Report of the Hyderabad Chloroform Commission
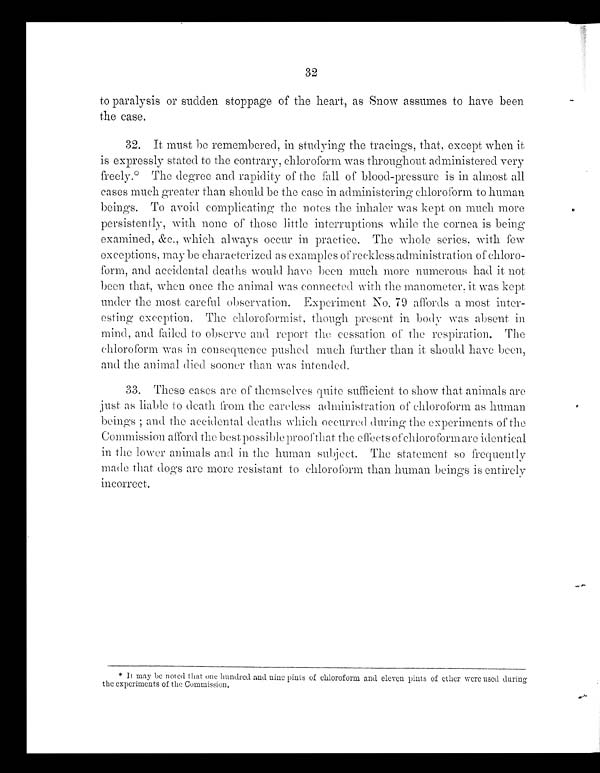
32
to paralysis or sudden stoppage of the heart, as Snow assumes to have been
the case.
32. It must be remembered, in studying the tracings, that, except when it
is expressly stated to the contrary, chloroform was throughout administered very
freely.* The degree and rapidity of the fall of blood-pressure is in almost all
cases much greater than should be the case in administering chloroform to human
beings. To avoid complicating the notes the inhaler was kept on much more
persistently, with none of those little interruptions while the cornea is being
e x a mi n e d , &a mp ; c . , wh i c h a l wa y s o c c u r i n p r a c t i c e . Th e wh o l e s e r i e s , wi t h f e w
exceptions, may be characterized as examples of reckless administration of chloro-
form, and accidental. deaths would. have been much more numerous had it not
been that, when once the animal was connected with the manometer. it was kept
under the most careful observation. Experiment, No. 79 affords a most inter-
esting exception. The chloroformist, though present in body was absent in
mind, and failed to observe and report the cessation of the respiration. The
chloroform was in. consequence pushed much further than it should have been,
and the animal died sooner than was intended,
33.
These cases are of themselves quite sufficient to show that animals are
Just. as liable to death from the careless administration of chloroform as human.
b e i n g s ; a n d t h e a c c i d e n t a l d e a t h s w h i c h o c c u r r e d d u r i n g t h e e x p e r i m e n t s o f t h e
Commission afford the best possible proof that the effects of chloroform are identical
in the lower animals and in the human subject. The statement so frequently
made that dogs are more resistant to chloroform than human beings is entirely
incorrect.
* It may be noted that one hundred and nine pints of chloroform and eleven pints of ether were used during
the experiments of the Commission.